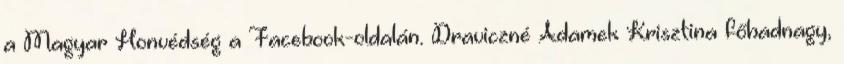
a Magyar Honvédség a Facebook-oldalán. Draviczné Adamek Krisztina főhadnagy,